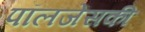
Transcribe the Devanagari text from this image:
पॉलजेंसकी